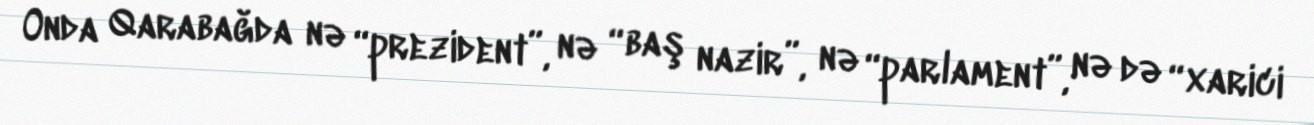
Onda Qarabağda nə “prezident”, nə “baş nazir”, nə “parlament”, nə də “xarici